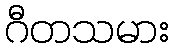
ဂီတသမား